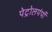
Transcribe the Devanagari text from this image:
पेट्रोलपंपों